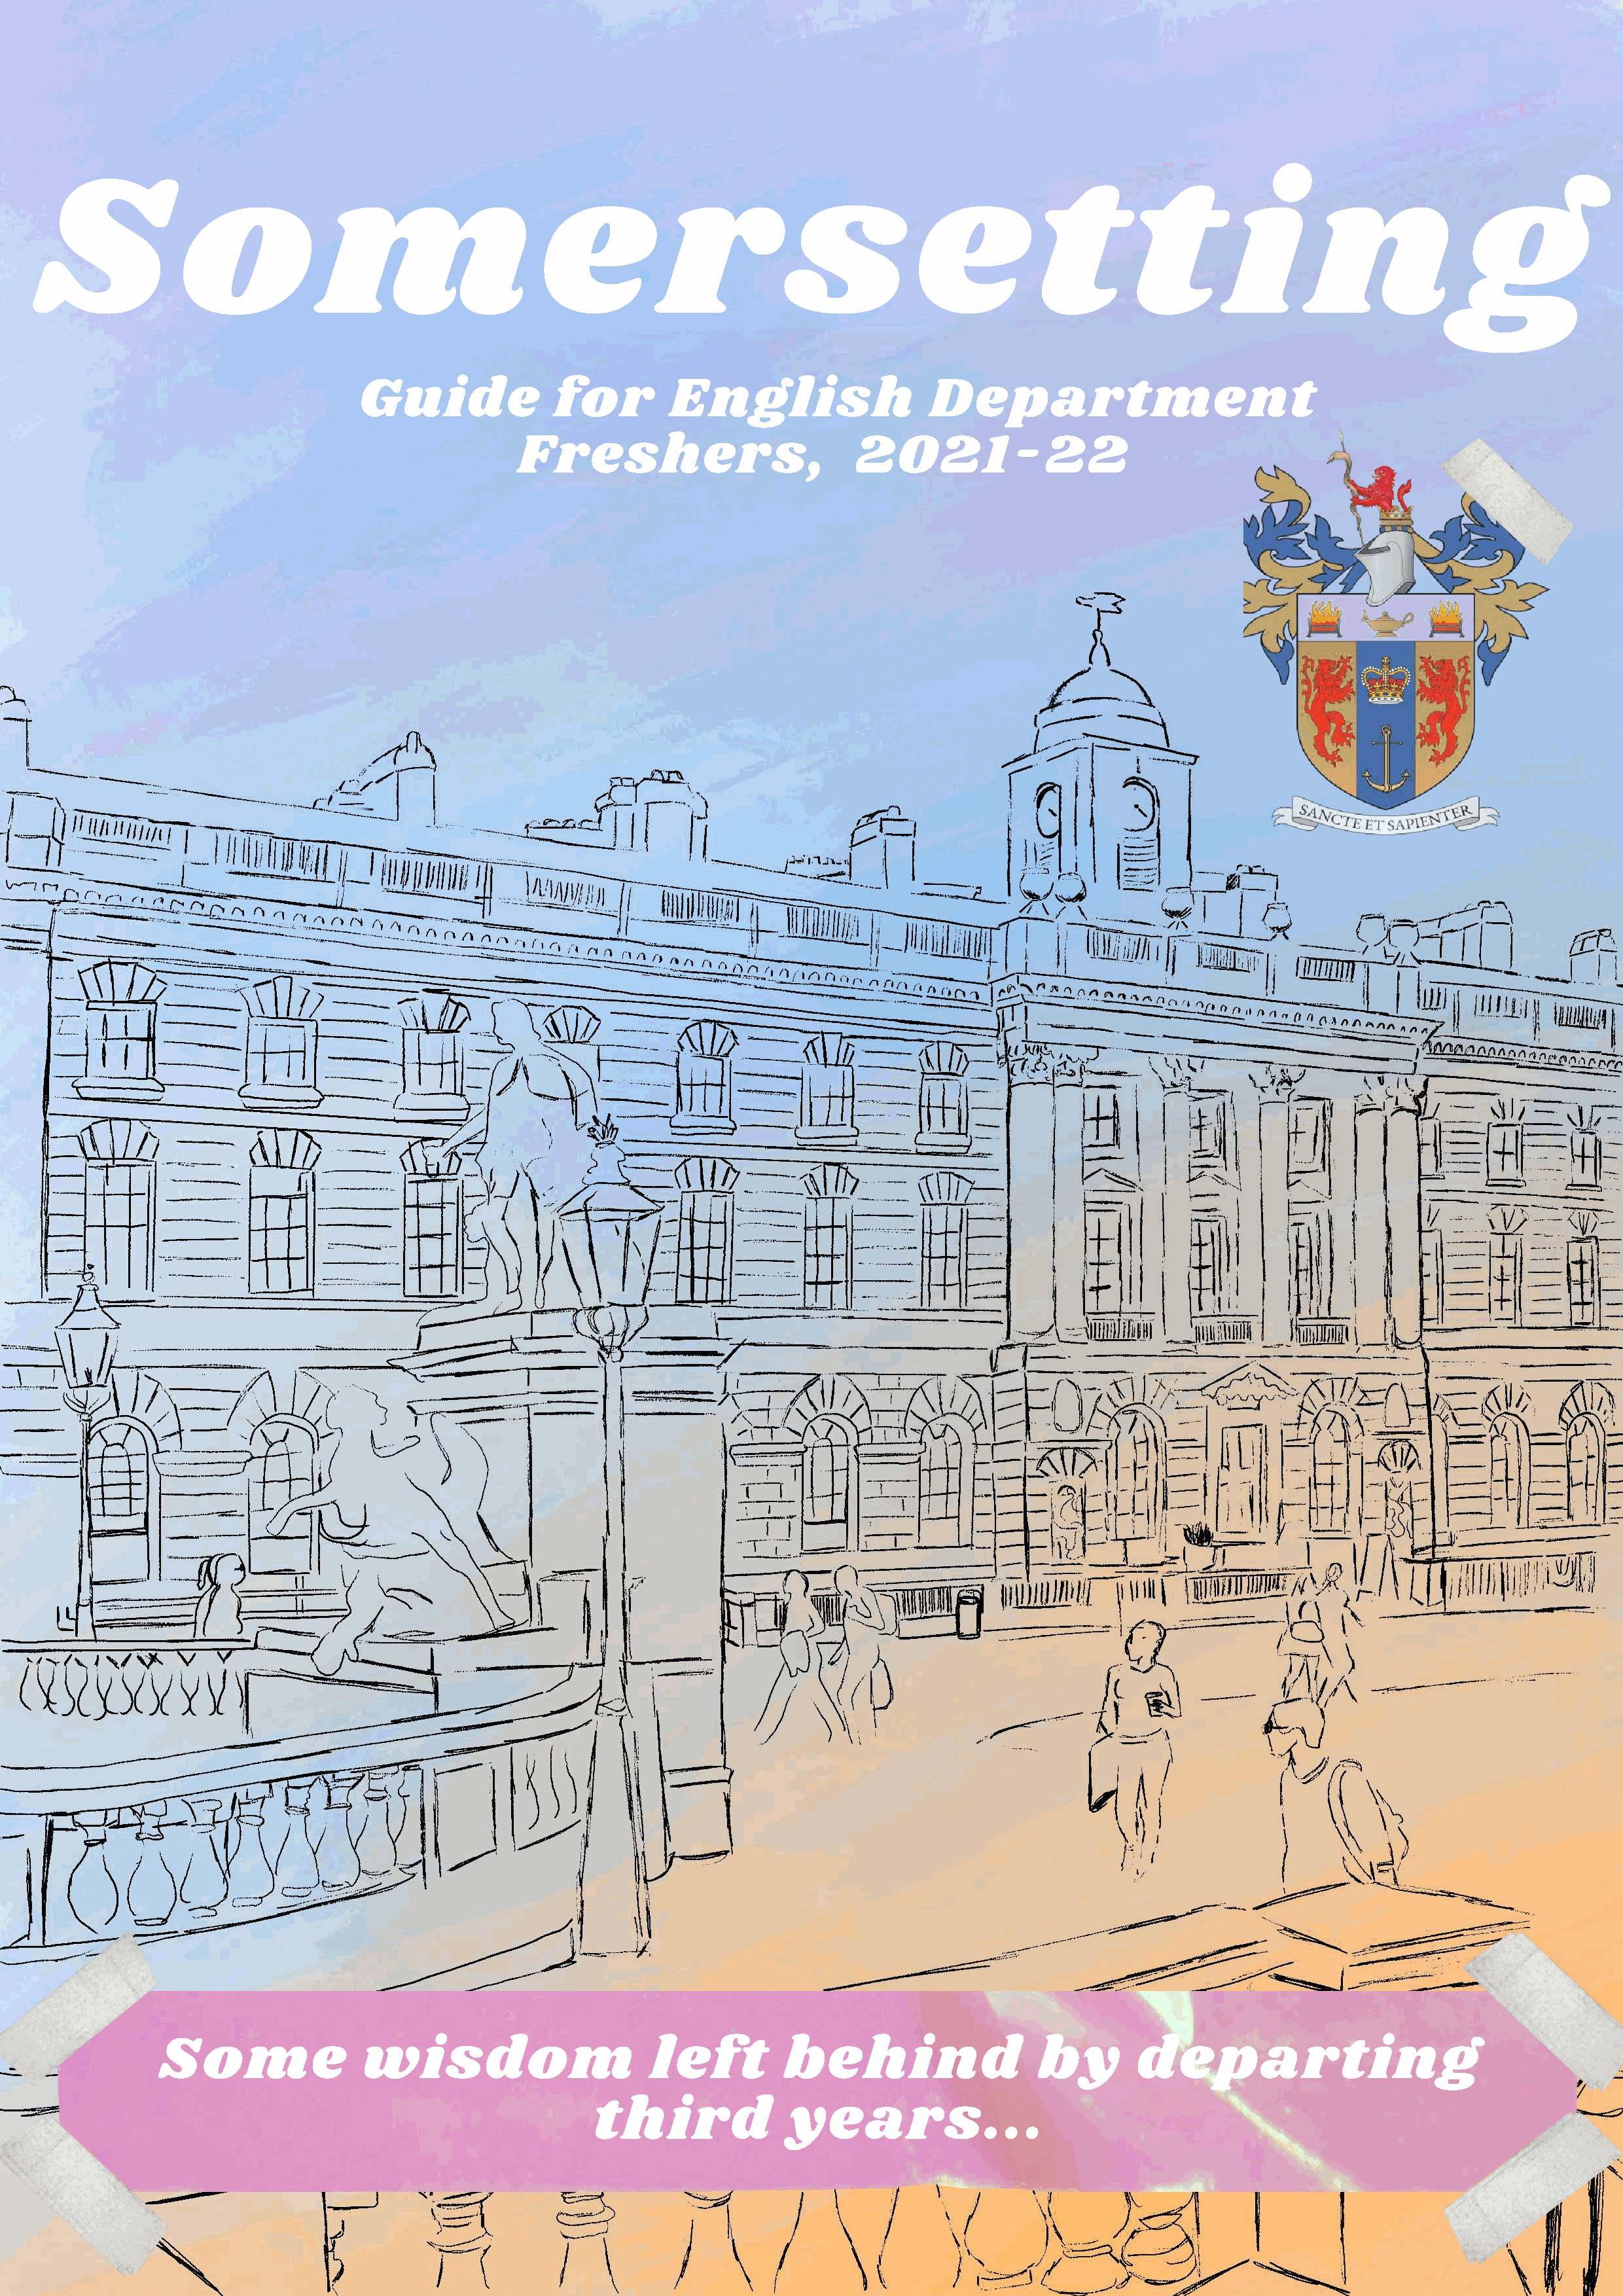
S              o              m                     e           r            s            e           t         t        i        n              g
 Guide               for         English                   Department
 Freshers,                         2021-22
 Some                 wisdom                       left         behind                    by        departing
 third               years...